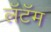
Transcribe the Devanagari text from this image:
लॅटॅम